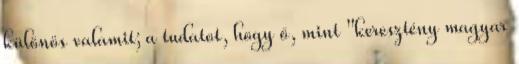
különös valamit; a tudatot, hogy ő, mint "keresztény magyar